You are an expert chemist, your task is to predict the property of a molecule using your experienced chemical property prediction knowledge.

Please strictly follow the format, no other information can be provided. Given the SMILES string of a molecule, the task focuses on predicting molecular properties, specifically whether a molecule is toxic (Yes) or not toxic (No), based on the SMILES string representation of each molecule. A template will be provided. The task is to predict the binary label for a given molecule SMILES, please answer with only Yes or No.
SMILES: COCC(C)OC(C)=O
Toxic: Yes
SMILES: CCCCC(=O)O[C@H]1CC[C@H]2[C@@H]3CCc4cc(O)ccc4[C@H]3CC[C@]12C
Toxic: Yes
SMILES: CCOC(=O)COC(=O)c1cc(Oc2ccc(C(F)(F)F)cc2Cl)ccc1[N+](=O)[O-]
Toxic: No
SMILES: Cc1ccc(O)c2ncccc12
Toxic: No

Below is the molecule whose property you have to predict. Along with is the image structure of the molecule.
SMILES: COc1c(O)cc2c(c1O)[C@@H]1O[C@H](CO)[C@@H](O)[C@H](O)[C@H]1OC2=O
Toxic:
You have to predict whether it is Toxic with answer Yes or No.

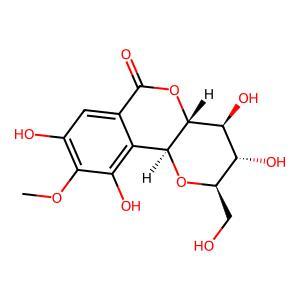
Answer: No